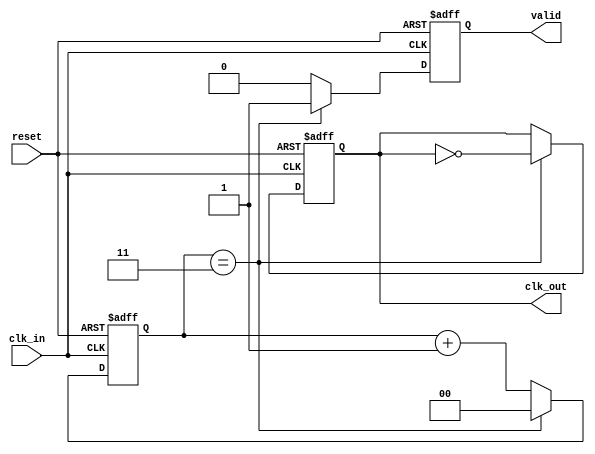
module clock_divider_buffer #(
    parameter DIV_FACTOR = 4  // Default division factor
)(
    input wire clk_in,         // Input clock signal
    input wire reset,          // Asynchronous reset signal
    output reg clk_out,        // Output clock signal
    output reg valid           // Output valid signal
);

    reg [$clog2(DIV_FACTOR)-1:0] counter; // Counter to track clock cycles

    always @(posedge clk_in or posedge reset) begin
        if (reset) begin
            counter <= 0;  // Reset counter
            clk_out <= 0;  // Reset output clock
            valid <= 0;    // Reset valid signal
        end else begin
            if (counter == DIV_FACTOR - 1) begin
                clk_out <= ~clk_out; // Toggle output clock
                valid <= 1;          // Indicate valid output clock
                counter <= 0;        // Reset counter
            end else begin
                counter <= counter + 1; // Increment counter
                valid <= 0;              // Output clock is not valid until toggled
            end
        end
    end

endmodule